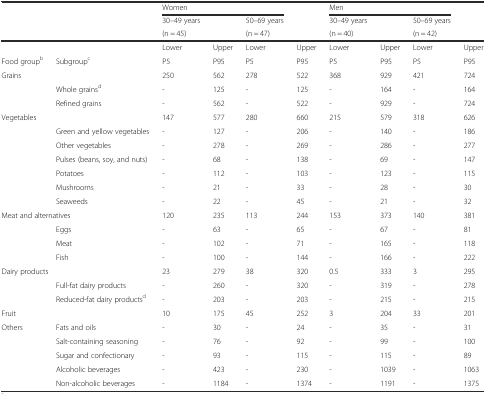
<table><thead><tr><td></td><td></td><td colspan="3"><b>Women</b></td><td></td><td colspan="3"><b>Men</b></td><td></td></tr><tr><td></td><td></td><td><b>30–49 years</b></td><td></td><td><b>50–69 years</b></td><td></td><td><b>30–49 years</b></td><td></td><td><b>50–69 years</b></td><td></td></tr><tr><td></td><td></td><td colspan="2"><b>(n = 45)</b></td><td colspan="2"><b>(n = 47)</b></td><td colspan="2"><b>(n = 40)</b></td><td colspan="2"><b>(n = 42)</b></td></tr></thead><tbody><tr><td></td><td></td><td>Lower</td><td>Upper</td><td>Lower</td><td>Upper</td><td>Lower</td><td>Upper</td><td>Lower</td><td>Upper</td></tr><tr><td>Food group<sup>b</sup></td><td>Subgroup<sup>c</sup></td><td>P5</td><td>P95</td><td>P5</td><td>P95</td><td>P5</td><td>P95</td><td>P5</td><td>P95</td></tr><tr><td>Grains</td><td></td><td>250</td><td>562</td><td>278</td><td>522</td><td>368</td><td>929</td><td>421</td><td>724</td></tr><tr><td></td><td>Whole grains<sup>d</sup></td><td>-</td><td>125</td><td>-</td><td>125</td><td>-</td><td>164</td><td>-</td><td>164</td></tr><tr><td></td><td>Refined grains</td><td>-</td><td>562</td><td>-</td><td>522</td><td>-</td><td>929</td><td>-</td><td>724</td></tr><tr><td>Vegetables</td><td></td><td>147</td><td>577</td><td>280</td><td>660</td><td>215</td><td>579</td><td>318</td><td>626</td></tr><tr><td></td><td>Green and yellow vegetables</td><td>-</td><td>127</td><td>-</td><td>206</td><td>-</td><td>140</td><td>-</td><td>186</td></tr><tr><td></td><td>Other vegetables</td><td>-</td><td>278</td><td>-</td><td>269</td><td>-</td><td>286</td><td>-</td><td>277</td></tr><tr><td></td><td>Pulses (beans, soy, and nuts)</td><td>-</td><td>68</td><td>-</td><td>138</td><td>-</td><td>69</td><td>-</td><td>147</td></tr><tr><td></td><td>Potatoes</td><td>-</td><td>112</td><td>-</td><td>103</td><td>-</td><td>123</td><td>-</td><td>115</td></tr><tr><td></td><td>Mushrooms</td><td>-</td><td>21</td><td>-</td><td>33</td><td>-</td><td>28</td><td>-</td><td>30</td></tr><tr><td></td><td>Seaweeds</td><td>-</td><td>22</td><td>-</td><td>45</td><td>-</td><td>21</td><td>-</td><td>32</td></tr><tr><td colspan="2">Meat and alternatives</td><td>120</td><td>235</td><td>113</td><td>244</td><td>153</td><td>373</td><td>140</td><td>381</td></tr><tr><td></td><td>Eggs</td><td>-</td><td>63</td><td>-</td><td>65</td><td>-</td><td>67</td><td>-</td><td>81</td></tr><tr><td></td><td>Meat</td><td>-</td><td>102</td><td>-</td><td>71</td><td>-</td><td>165</td><td>-</td><td>118</td></tr><tr><td></td><td>Fish</td><td>-</td><td>100</td><td>-</td><td>144</td><td>-</td><td>166</td><td>-</td><td>222</td></tr><tr><td colspan="2">Dairy products</td><td>23</td><td>279</td><td>38</td><td>320</td><td>0.5</td><td>333</td><td>3</td><td>295</td></tr><tr><td></td><td>Full-fat dairy products</td><td>-</td><td>260</td><td>-</td><td>320</td><td>-</td><td>319</td><td>-</td><td>278</td></tr><tr><td></td><td>Reduced-fat dairy products<sup>d</sup></td><td>-</td><td>203</td><td>-</td><td>203</td><td>-</td><td>215</td><td>-</td><td>215</td></tr><tr><td>Fruit</td><td></td><td>10</td><td>175</td><td>45</td><td>252</td><td>3</td><td>204</td><td>33</td><td>201</td></tr><tr><td>Others</td><td>Fats and oils</td><td>-</td><td>30</td><td>-</td><td>24</td><td>-</td><td>35</td><td>-</td><td>31</td></tr><tr><td></td><td>Salt-containing seasoning</td><td>-</td><td>76</td><td>-</td><td>92</td><td>-</td><td>99</td><td>-</td><td>100</td></tr><tr><td></td><td>Sugar and confectionary</td><td>-</td><td>93</td><td>-</td><td>115</td><td>-</td><td>115</td><td>-</td><td>89</td></tr><tr><td></td><td>Alcoholic beverages</td><td>-</td><td>423</td><td>-</td><td>230</td><td>-</td><td>1039</td><td>-</td><td>1063</td></tr><tr><td></td><td>Non-alcoholic beverages</td><td>-</td><td>1184</td><td>-</td><td>1374</td><td>-</td><td>1191</td><td>-</td><td>1375</td></tr></tbody></table>